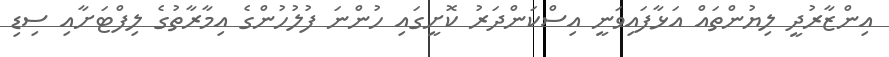
އިންޒާރުދީ ލިޔުންތައް އަޅާފައިވަނީ އިސްކަންދަރު ކޮށީގައި ހުންނަ ފުލުހުންގެ އިމާރާތުގެ ލިފްޓަށާއި ސިޑި